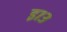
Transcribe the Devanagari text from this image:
इ७३